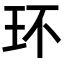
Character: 环